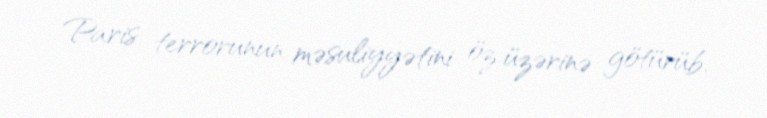
Paris terrorunun məsuliyyətini öz üzərinə götürüb.